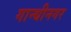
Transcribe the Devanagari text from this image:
गान्धीनगर